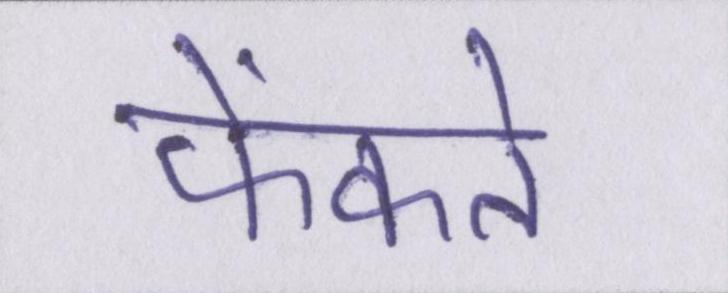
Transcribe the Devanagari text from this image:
फेंकते